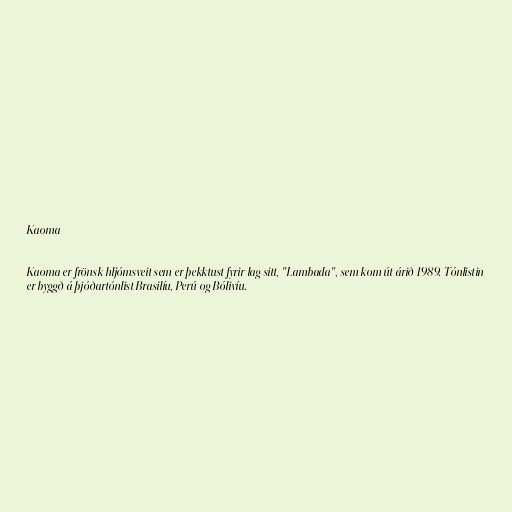
Kaoma

Kaoma er frönsk hljómsveit sem er þekktust fyrir lag sitt, "Lambada", sem kom út árið 1989. Tónlistin
er byggð á þjóðartónlist Brasilíu, Perú og Bólivíu.